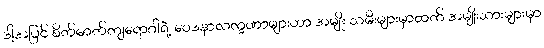
ဒါ့အပြင် စိတ်ဓာတ်ကျရောဂါရဲ့ ဝေဒနာလက္ခဏာများဟာ အမျိုး သမီးများမှာထက် အမျိုးသားများမှာ